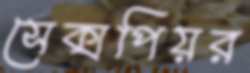
সেক্সপিয়র